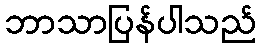
ဘာသာပြန်ပါသည်